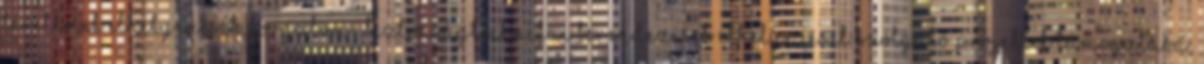
térelemek elhelyezését, forgalom- biztonságtechnikai berendezések elhelyezését szolgáló projektek támogatása,